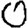
Digit: 0